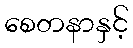
စေတနာနှင့်